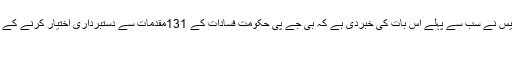
جمعرات کے روز انڈین ایکسپریس نے سب سے پہلے اس بات کی خبردی ہے کہ بی جے پی حکومت فسادات کے 131مقدمات سے دستبرداری اختیار کرنے کے لئے ایک فہرست جاری کی ہے
اترپردیش۔